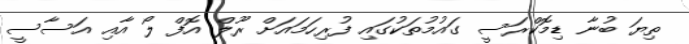
ތިޔަ ބުނާ ޑިމޮކްރަސީ ގައުމުތަކުގައި ފުރިހަމައަށް ރޫލް އޮފް ލޯ އާއި އަސާސީ